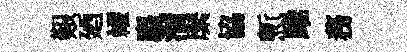
艱廼糴廌溜縻協慙雎務